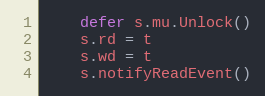
Language: Go
	defer s.mu.Unlock()
	s.rd = t
	s.wd = t
	s.notifyReadEvent()